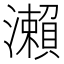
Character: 瀨